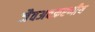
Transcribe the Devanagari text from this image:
जैवअवकरणीय